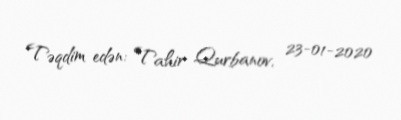
Təqdim edən: Tahir Qurbanov, 23-01-2020